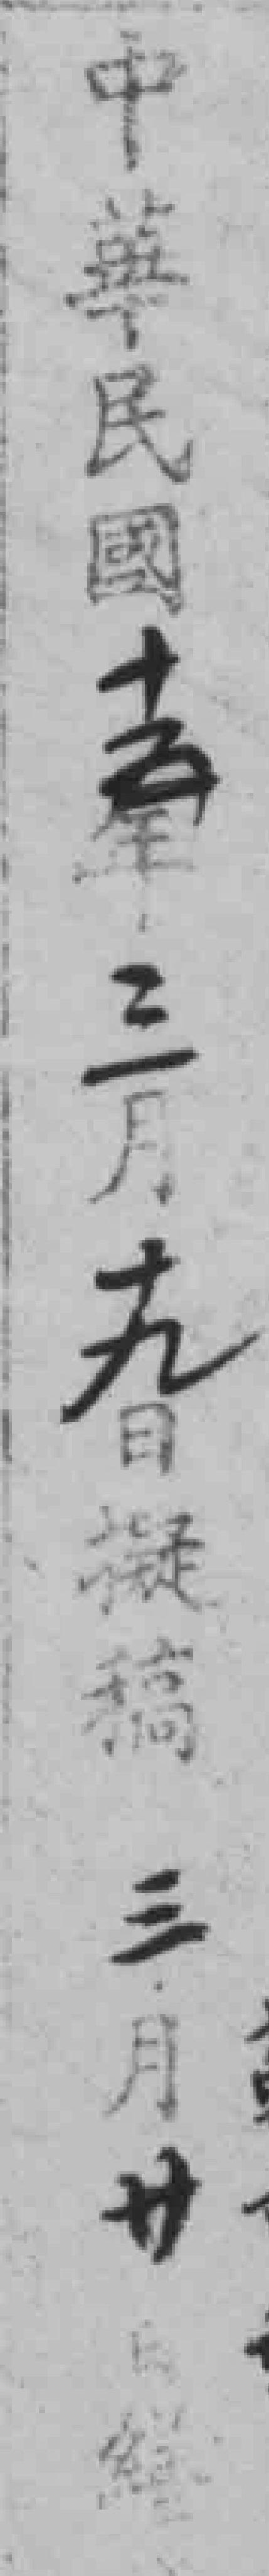
中華民國十五年三月十九日擬稿 三月卄*